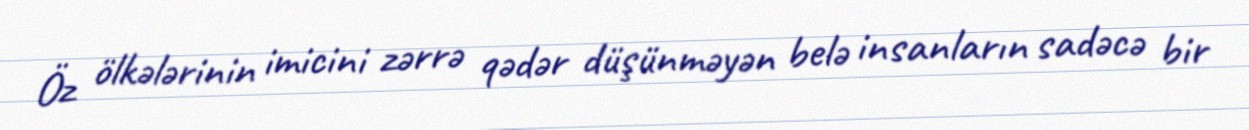
Öz ölkələrinin imicini zərrə qədər düşünməyən belə insanların sadəcə bir